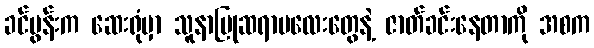
ခင်ပွန်းက ဆေးရုံမှာ သူနာပြုဆရာမလေးတွေနဲ့ ဇာတ်ခင်းနေတာကို အစက